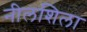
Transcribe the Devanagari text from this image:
नीलशिला